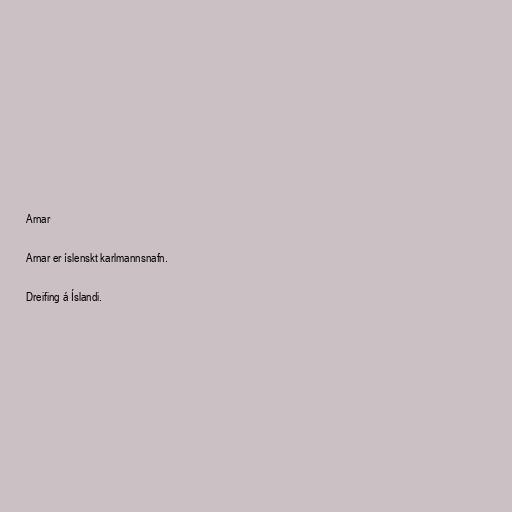
Arnar

Arnar er íslenskt karlmannsnafn.

Dreifing á Íslandi.